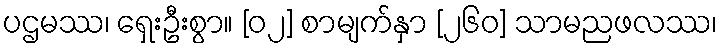
ပဌမဿ၊ ရှေးဦးစွာ။ [၀၂] စာမျက်နှာ [၂၆၀] သာမညဖလဿ၊